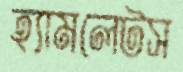
হ্যামলেটস